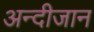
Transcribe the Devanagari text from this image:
अन्दीजान